Indian journal of veterinary science and animal husbandry - Volume 5,
Year: 1935
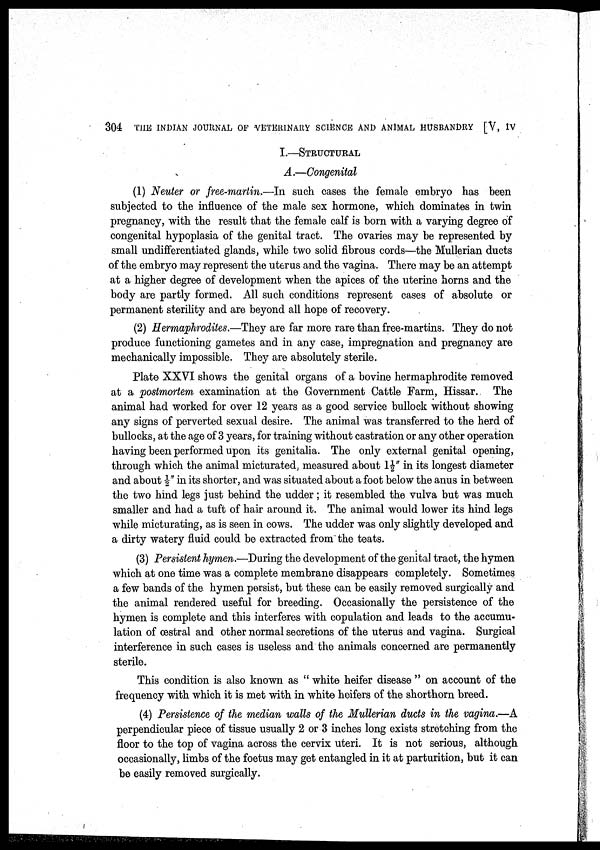
304 THE INDIAN JOURNAL OF VETERINARY SCIENCE AND ANIMAL HUSBANDRY [V, IV
I.—STRUCTURAL
A.—Congenital
(1) Neuter or free-martin.—In such cases the female embryo has been
subjected to the influence of the male sex hormone, which dominates in twin
pregnancy, with the result that the female calf is born with a varying degree of
congenital hypoplasia of the genital tract. The ovaries may be represented by
small undifferentiated glands, while two solid fibrous cords—the Mullerian ducts
of the embryo may represent the uterus and the vagina. There may be an attempt
at a higher degree of development when the apices of the uterine horns and the
body are partly formed. All such conditions represent cases of absolute or
permanent sterility and are beyond all hope of recovery.
(2) Hermaphrodites.—They are far more rare than free-martins. They do not
produce functioning gametes and in any case, impregnation and pregnancy are
mechanically impossible. They are absolutely sterile.
Plate XXVI shows the genital organs of a bovine hermaphrodite removed
at a postmortem examination at the Government Cattle Farm, Hissar. The
animal had worked for over 12 years as a good service bullock without showing
any signs of perverted sexual desire. The animal was transferred to the herd of
bullocks, at the age of 3 years, for training without castration or any other operation
having been performed upon its genitalia. The only external genital opening,
through which the animal micturated, measured about l½" in its longest diameter
and about ½" in its shorter, and was situated about a foot below the anus in between
the two hind legs just behind the udder; it resembled the vulva but was much
smaller and had a tuft of hair around it. The animal would lower its hind legs
while micturating, as is seen in cows. The udder was only slightly developed and
a dirty watery fluid could be extracted from the teats.
(3) Persistent hymen.—During the development of the genital tract, the hymen
which at one time was a complete membrane disappears completely. Sometimes
a few bands of the hymen persist, but these can be easily removed surgically and
the animal rendered useful for breeding. Occasionally the persistence of the
hymen is complete and this interferes with copulation and leads to the accumu-
lation of œstral and other normal secretions of the uterus and vagina. Surgical
interference in such cases is useless and the animals concerned are permanently
sterile.
This condition is also known as " white heifer disease " on account of the
frequency with which it is met with in white heifers of the shorthorn breed.
(4) Persistence of the median walls of the Mullerian ducts in the vagina.—A
perpendicular piece of tissue usually 2 or 3 inches long exists stretching from the
floor to the top of vagina across the cervix uteri. It is not serious, although
occasionally, limbs of the foetus may get entangled in it at parturition, but it can
be easily removed surgically.